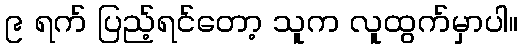
၉ ရက် ပြည့်ရင်တော့ သူက လူထွက်မှာပါ။